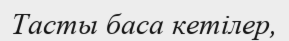
Тасты баса кетілер,